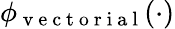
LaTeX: \phi_{\mathrm{~v~e~c~t~o~r~i~a~l~}}(\cdot)